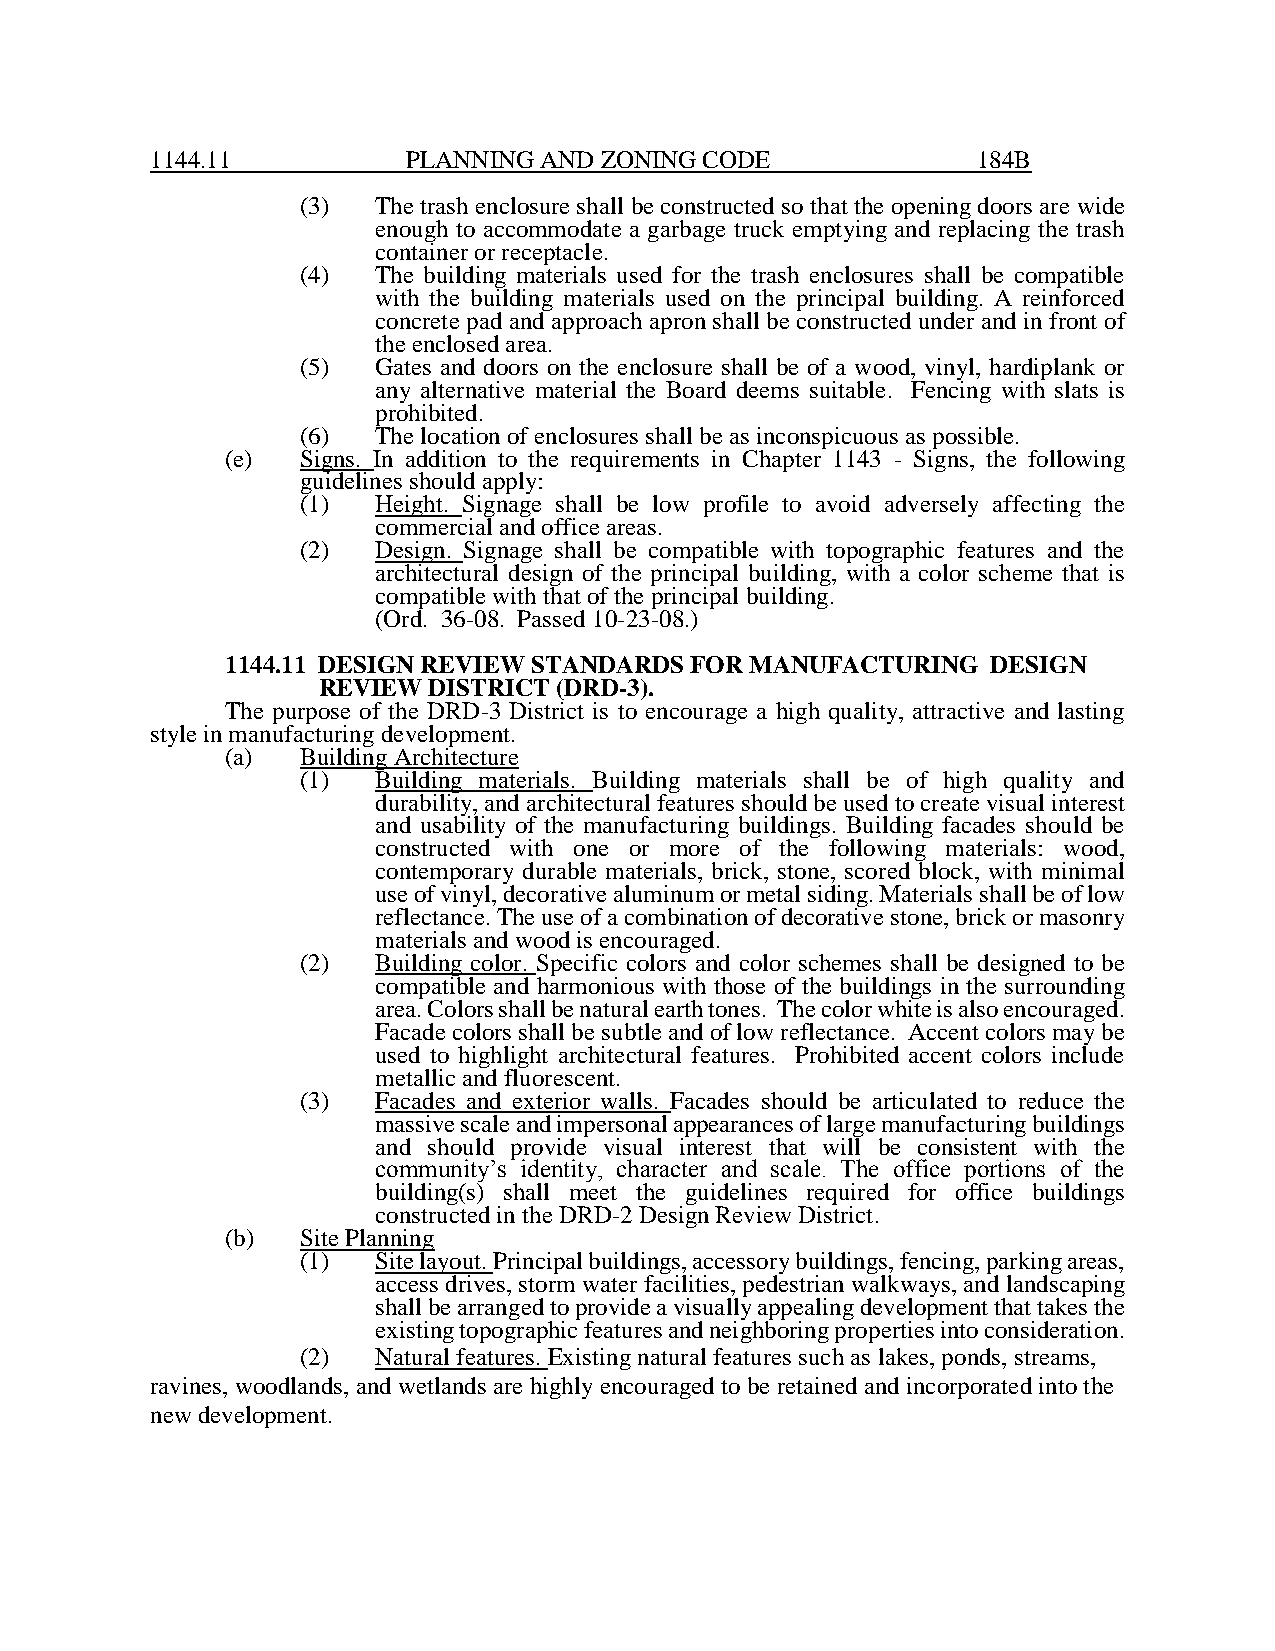
1144.11          PLANNING AND ZONING CODE              184B
 (3)  The trash enclosure shall be constructed so that the opening doors are wide
 enough to accommodate a garbage truck emptying and replacing the trash
 container or receptacle.
 (4)  The building materials used for the trash enclosures shall be compatible
 with the building materials used on the principal building. A reinforced
 concrete pad and approach apron shall be constructed under and in front of
 the enclosed area.
 (5)  Gates and doors on the enclosure shall be of a wood, vinyl, hardiplank or
 any alternative material the Board deems suitable. Fencing with slats is
 prohibited.
 (6)  The location of enclosures shall be as inconspicuous as possible.
 (e)  Signs. In addition to the requirements in Chapter 1143 - Signs, the following
 guidelines should apply:
 (1)  Height. Signage shall be low profile to avoid adversely affecting the
 commercial and office areas.
 (2)  Design. Signage shall be compatible with topographic features and the
 architectural design of the principal building, with a color scheme that is
 compatible with that of the principal building.
 (Ord. 36-08. Passed 10-23-08.)
 1144.11 DESIGN REVIEW STANDARDS FOR MANUFACTURING  DESIGN
 REVIEW DISTRICT (DRD-3).
 The purpose of the DRD-3 District is to encourage a high quality, attractive and lasting
 style in manufacturing development.
 (a)  Building Architecture
 (1)  Building materials. Building materials shall be of high quality and
 durability, and architectural features should be used to create visual interest
 and usability of the manufacturing buildings. Building facades should be
 constructed with one or more of the following materials: wood,
 contemporary durable materials, brick, stone, scored block, with minimal
 use of vinyl, decorative aluminum or metal siding. Materials shall be of low
 reflectance. The use of a combination of decorative stone, brick or masonry
 materials and wood is encouraged.
 (2)  Building color. Specific colors and color schemes shall be designed to be
 compatible and harmonious with those of the buildings in the surrounding
 area. Colors shall be natural earth tones. The color white is also encouraged.
 Facade colors shall be subtle and of low reflectance. Accent colors may be
 used to highlight architectural features. Prohibited accent colors include
 metallic and fluorescent.
 (3)  Facades and exterior walls. Facades should be articulated to reduce the
 massive scale and impersonal appearances of large manufacturing buildings
 and should provide visual interest that will be consistent with the
 community’s identity, character and scale. The office portions of the
 building(s) shall meet the guidelines required for office buildings
 constructed in the DRD-2 Design Review District.
 (b)  Site Planning
 (1)  Site layout. Principal buildings, accessory buildings, fencing, parking areas,
 access drives, storm water facilities, pedestrian walkways, and landscaping
 shall be arranged to provide a visually appealing development that takes the
 existing topographic features and neighboring properties into consideration.
 (2)  Natural features. Existing natural features such as lakes, ponds, streams,
 ravines, woodlands, and wetlands are highly encouraged to be retained and incorporated into the
 new development.